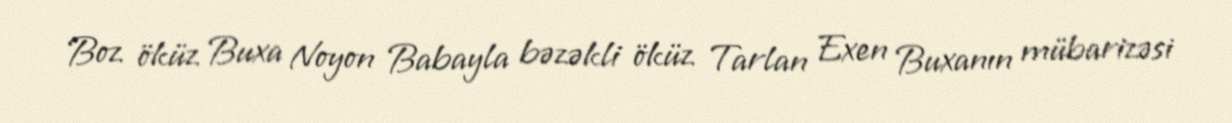
Boz öküz Buxa Noyon Babayla bəzəkli öküz Tarlan Exen Buxanın mübarizəsi